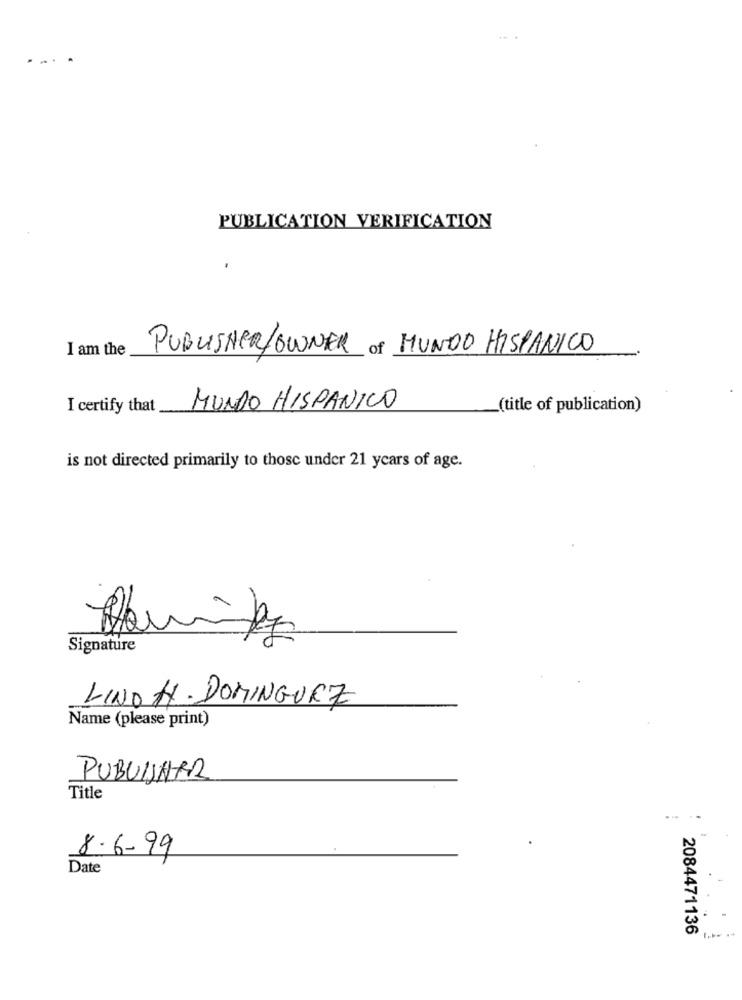
....
PUBLICATION VERIFICATION
I am the
PUBLISHER/OWNER of MUNDO HISPANICO
I certify that
MUNDO HISPANICO
(title of publication)
is not directed primarily to those under 21 years of age.
Signature
LINO H . DOMINGUEZ
Name (please print)
PUBLISHER
Title
8.6.99
Date
2084471136